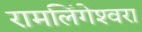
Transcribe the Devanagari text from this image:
रामलिंगेश्‍वरा